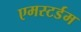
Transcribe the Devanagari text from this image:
एमस्टर्डम